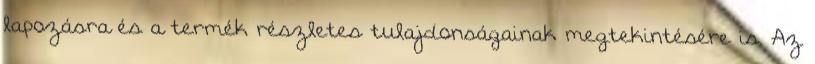
lapozásra és a termék részletes tulajdonságainak megtekintésére is. Az